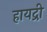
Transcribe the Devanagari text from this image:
हायद्री